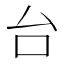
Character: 台